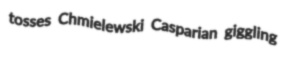
tosses Chmielewski Casparian giggling